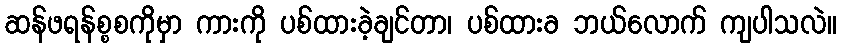
ဆန်ဖရန်စ္စစကိုမှာ ကားကို ပစ်ထားခဲ့ချင်တာ၊ ပစ်ထားခ ဘယ်လောက် ကျပါသလဲ။